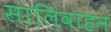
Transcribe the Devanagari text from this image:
सालिवाहन